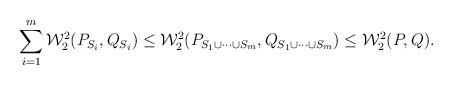
LaTeX: \begin{align*}\sum_{i=1}^m \mathcal{W}_2^2(P_{S_i},Q_{S_i}) \le \mathcal{W}_2^2(P_{S_1 \cup \cdots \cup S_m},Q_{S_1 \cup \cdots \cup S_m}) \le \mathcal{W}_2^2(P,Q).\end{align*}